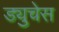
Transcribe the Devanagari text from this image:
ड्युचेस